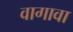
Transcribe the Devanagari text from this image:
वागावा